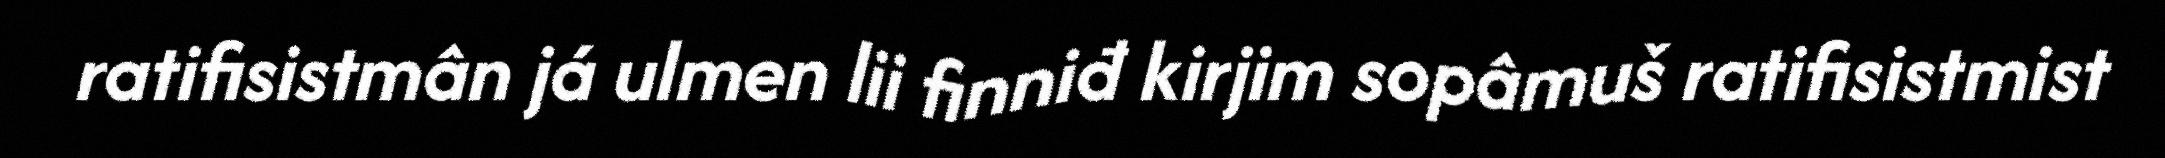
ratifisistmân já ulmen lii finniđ kirjim sopâmuš ratifisistmist